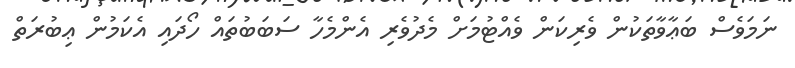
ނަމަވެސް ބަޢާވާތަކުން ވެރިކަން ވެއްޓުމަށް މެދުވެރި އެންމެހާ ސަބަބުތައް ހޯދައި އެކަމުން ޢިބުރަތް